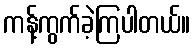
ကန့်ကွက်ခဲ့ကြပါတယ်။